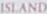
BLAND